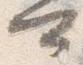
可